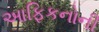
આફિકનોની